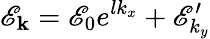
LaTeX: \mathscr{E}_{\mathbf k}=\mathscr{E}_{0}e^{lk_{x}}+\mathscr{E}_{k_{y}}^{\prime}